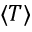
\langle T \rangle